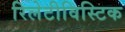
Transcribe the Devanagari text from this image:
रिलेटीविस्टिक